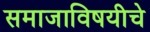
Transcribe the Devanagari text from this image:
समाजाविषयीचे